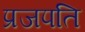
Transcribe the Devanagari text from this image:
प्रजपति